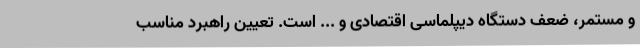
و مستمر، ضعف دستگاه دیپلماسی اقتصادی و ... است. تعیین راهبرد مناسب